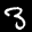
Label: 3